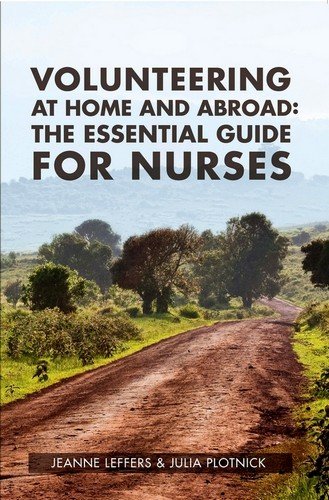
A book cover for Volunteering at Home and Abroad: The Essential Guide for Nurses; Jeanne Leffers; Business & Money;